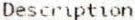
DESCRIPTION